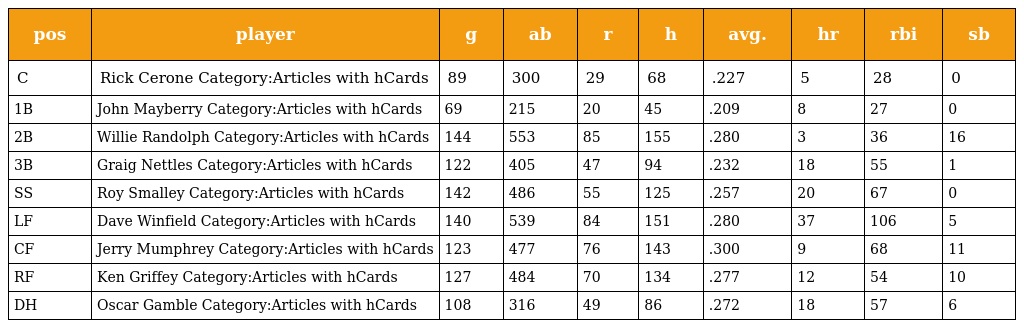
| pos | player | g | ab | r | h | avg. | hr | rbi | sb |
 | --- | --- | --- | --- | --- | --- | --- | --- | --- | --- |
 | C | Rick Cerone Category:Articles with hCards | 89 | 300 | 29 | 68 | .227 | 5 | 28 | 0 |
 | 1B | John Mayberry Category:Articles with hCards | 69 | 215 | 20 | 45 | .209 | 8 | 27 | 0 |
 | 2B | Willie Randolph Category:Articles with hCards | 144 | 553 | 85 | 155 | .280 | 3 | 36 | 16 |
 | 3B | Graig Nettles Category:Articles with hCards | 122 | 405 | 47 | 94 | .232 | 18 | 55 | 1 |
 | SS | Roy Smalley Category:Articles with hCards | 142 | 486 | 55 | 125 | .257 | 20 | 67 | 0 |
 | LF | Dave Winfield Category:Articles with hCards | 140 | 539 | 84 | 151 | .280 | 37 | 106 | 5 |
 | CF | Jerry Mumphrey Category:Articles with hCards | 123 | 477 | 76 | 143 | .300 | 9 | 68 | 11 |
 | RF | Ken Griffey Category:Articles with hCards | 127 | 484 | 70 | 134 | .277 | 12 | 54 | 10 |
 | DH | Oscar Gamble Category:Articles with hCards | 108 | 316 | 49 | 86 | .272 | 18 | 57 | 6 |